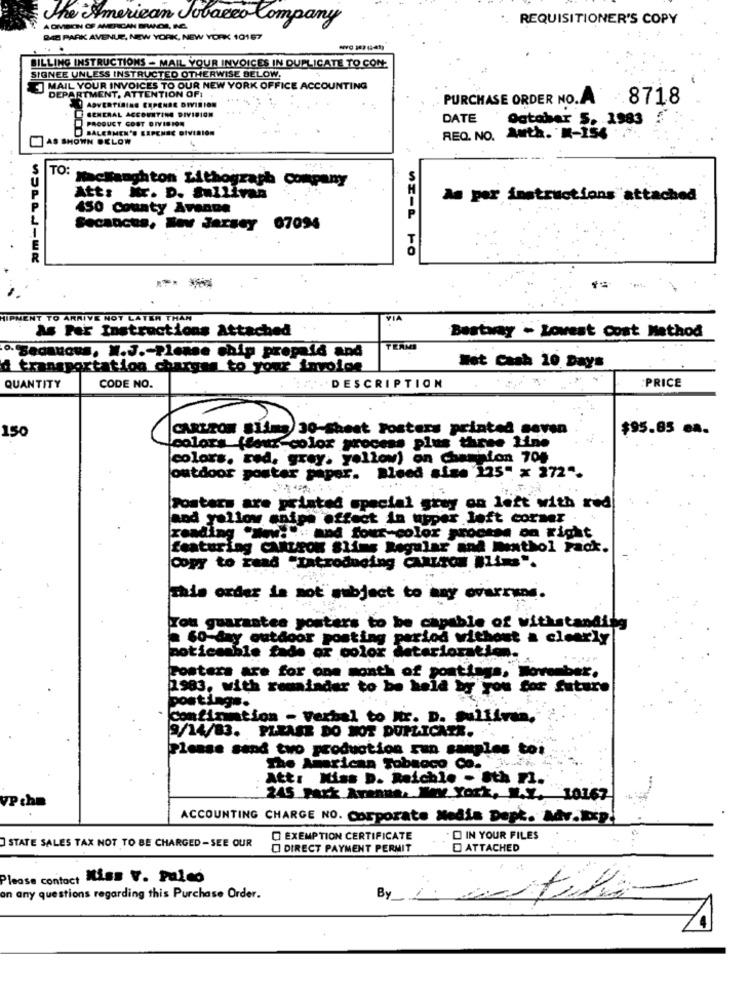
The American Tobacco Company
REQUISITIONER'S COPY
ADMBEN OF AMERICAN BWICIE, RE.
BAB PARK AVENUE, NEW YORK, NEW YORK 10167
...
BILLING INSTRUCTIONS - MAIL YOUR INVOICES IN DUPLICATE TO CON
SIGNEE UNLESS INSTRUCTED OTHERWISE SELOW.
MAIL YOUR INVOICES TO OUR NEW YORK OFFICE ACCOUNTING
DEPARTMENT, ATTENTION OF:
PURCHASE ORDER NO.A.
.8718
ADVERTISING EXPENSE DIVISION
GENERAL ACCOUNTING DIVISION
PRODUCT COST DIVISION
DATE
October 5. 1983
BALESMEN'S EIPENEC DIVISION
AS SHOWN BELOW
REQ. NO. Auth. K-154
TO:
Hacifanghton Lithograph Company
Att: Mr. D. Sullivan
As per instructions attached
450 County Avenue
Secances, New Jersey 07094
T
- -
HIPMENT TO ARRIVE NOT LATER THAN
VIA
As Per Instructions Attached
Bestway ~ Lowest Cost Method
TEAMS
Secaucus, W.J .- Please Chip propala and
ransportation charges to your invoice
Wet Cash 10 Days
: DESCRIPTION
:PRICE
QUANTITY
CODE NO.
CARLTON BÍARD
30-Sheat Fosters printed savan
$95.85 ea.
150
colors (four-color process plus three Line
colors, red, grey, yellow) on chamaion 704
outdoor poster paper. Bleed size '125" x 272".
. ...
Posters are printed special grey on left with red
and yellow snips effect in upper left corner ..
zending .w ... and four-color process on right
featuring Chitron Slims Regular and menthol Fack.
Copy to raad "Introducing Carros Blims".
This order is sot subject to any overruns.
a guarantee posters to be capable of withstanding
=60-day outdoor posting period without a clearly
noticeable fade or color deterioration.
Posters are for one month of posttags, November.
1983, with remainder to be held by you for future
postings.
confirmation - verbal to Mix. D. Palivaa.
9/14/83. PLEASE DO NOT DUPLICATE.
Please send two production ran samples toi
The American Tobacco Co.
Att: Miss D. Reichle - Sth Fl.
245 Park Avenue, Www York, V.X. 10167
VP che
ACCOUNTING CHARGE NO. Corporate Media Duph. Mdv.sp.
STATE SALES TAX NOT TO BE CHARGED-SEE OUR
C EXEMPTION CERTIFICATE
O IN YOUR FILES
DIRECT PAYMENT PERMIT
ATTACHED
Please contact Miss V. Paleo
on any questions regarding this Purchase Order.